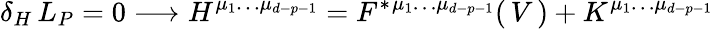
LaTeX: \delta_{H}\, L_{P}=0\longrightarrow H^{\mu_{1}\dots\mu_{d-p-1}}=F^{*}{}^{\mu_{1}\dots\mu_{d-p-1}}(\, V\, )+K^{\mu_{1}\dots\mu_{d-p-1}}